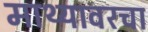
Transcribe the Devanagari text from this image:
माथ्यावरचा